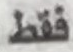
فقط